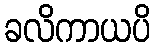
ခလိကာယပိ